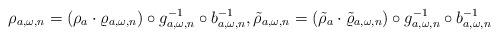
LaTeX: \begin{align*}\rho_{a,\omega,n}=(\rho_a\cdot \varrho_{a,\omega,n})\circ g_{a,\omega,n}^{-1}\circ b_{a,\omega,n}^{-1},\tilde{\rho}_{a,\omega,n}=(\tilde{\rho}_a\cdot \tilde{\varrho}_{a,\omega,n})\circ g_{a,\omega,n}^{-1}\circ b_{a,\omega,n}^{-1}\end{align*}